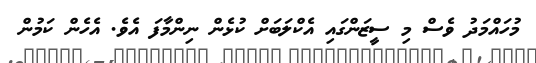
މުހައްމަދު ވެސް މި ސީޒަންގައި އެކްލަބަށް ކުޅެން ނިންމާފަ އެވެ. އެހެން ކަމުން